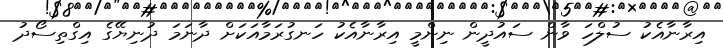
އިރާނާއެކު ސުލްހަ ވާން ސައުދީން ނިންމީ އިރާނާއެކު ހަނގުރަމާއަކަށް ދާނަމަ ދުނިޔޭގެ އިގްތިސޯދު